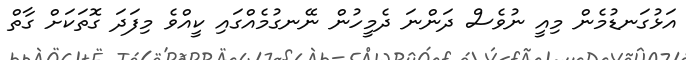
އަޅުގަނޑުމެން މިއީ ނުވެސް ދަންނަ ދެމީހުން ނޭނގުމެއްގައި ކީއްވެ މިފަދަ ގޮތަކަށް ގާތް